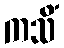
ကသိံ